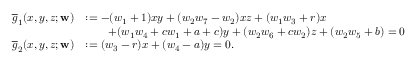
\begin{array} { r l } { \overline { { g } } _ { 1 } ( x , y , z ; \mathbf { w } ) } & { : = - ( w _ { 1 } + 1 ) x y + ( w _ { 2 } w _ { 7 } - w _ { 2 } ) x z + ( w _ { 1 } w _ { 3 } + r ) x } \\ & { \qquad + ( w _ { 1 } w _ { 4 } + c w _ { 1 } + a + c ) y + ( w _ { 2 } w _ { 6 } + c w _ { 2 } ) z + ( w _ { 2 } w _ { 5 } + b ) = 0 } \\ { \overline { { g } } _ { 2 } ( x , y , z ; \mathbf { w } ) } & { : = ( w _ { 3 } - r ) x + ( w _ { 4 } - a ) y = 0 . } \end{array}